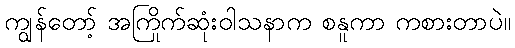
ကျွန်တော့် အကြိုက်ဆုံးဝါသနာက စနူကာ ကစားတာပဲ။